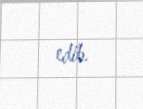
edib.